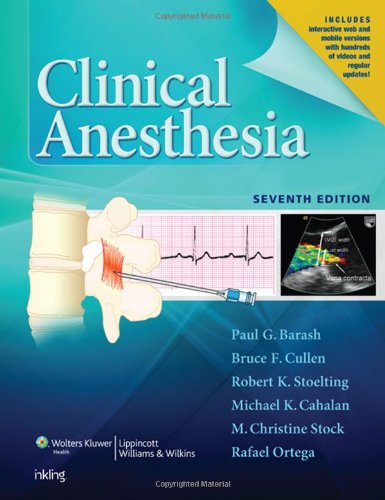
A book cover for Clinical Anesthesia, 7e: Print + Ebook with Multimedia; Paul G. Barash; Medical Books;